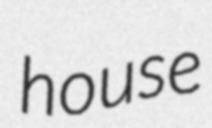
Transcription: house